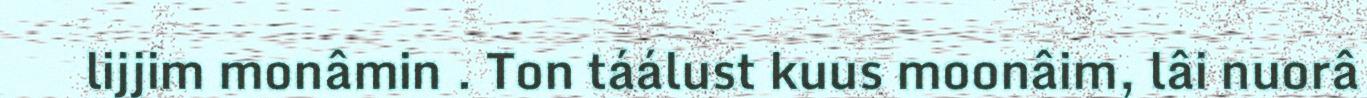
lijjim monâmin . Ton táálust kuus moonâim, lâi nuorâ